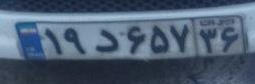
۱۹د۶۵۷۳۶